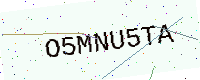
Text: O5MNU5TA